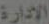
الإدارة